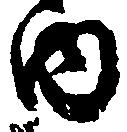
内